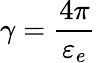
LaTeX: \displaystyle{\gamma=\frac{4\pi}{\varepsilon_{e}}}